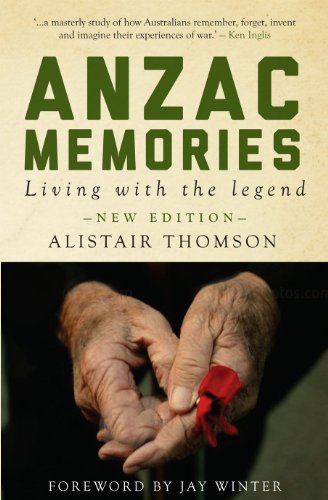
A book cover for Anzac Memories: Living with the Legend (Second Edition) (Monash Classics); Alistair Thomson; Biographies & Memoirs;